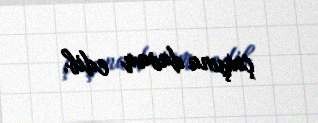
çıxışına davam edib.